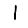
Digit: 1